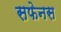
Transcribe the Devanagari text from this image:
सफेनस